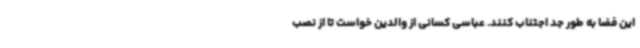
این فضا به طور جد اجتناب کنند. عباسی کسانی از والدین خواست تا از نصب